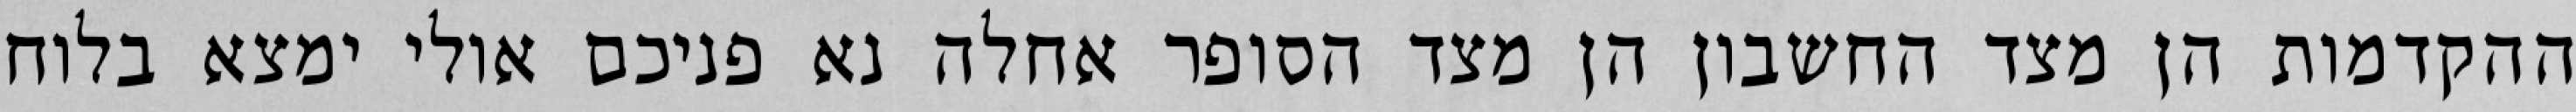
ההקדמות הן מצד החשבון הן מצד הסופר אחלה נא פניכם אולי ימצא בלוח